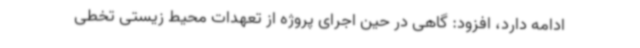
ادامه دارد، افزود: گاهی در حین اجرای پروژه از تعهدات محیط زیستی تخطی